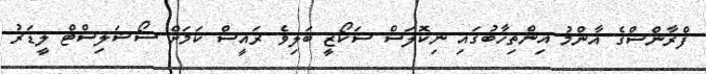
ފްރާންސްގެ އާންމު އިންތިހާބުގައި ނިކޮލަސް ސަކޯޒީ ބަލިވެ ރައީސް ކަމަށް ސޯޝަލިސްޓް ލީޑަރު